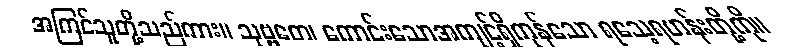
အကြင်သူတို့သည်ကား။ သုဗ္ဗတေ၊ ကောင်းသောအကျင့်ရှိကုန်သော ရသေ့ရဟန်းတို့ကို။